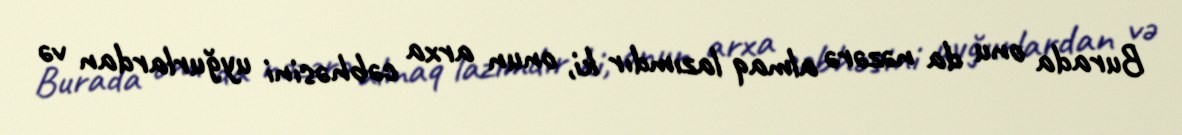
Burada onu da nəzərə almaq lazımdır ki, onun arxa cəbhəsini uyğurlardan və